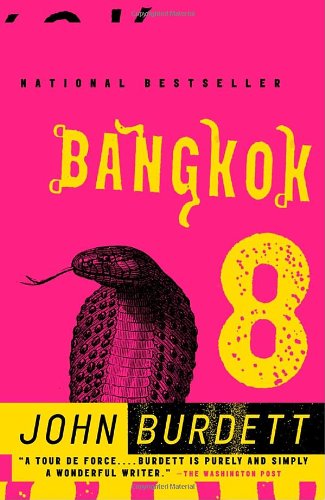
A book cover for Bangkok 8: A Royal Thai Detective Novel (1); John Burdett; Mystery, Thriller & Suspense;